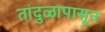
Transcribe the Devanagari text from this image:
तांदुळापासून